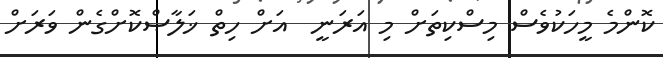
ކޮންމެ މީހަކުވެސް މިސްކިތަށް މި އަރަނީ  އަށް ހިތް ޚަލާޞްކޮށްގެން ވަރަށް